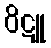
ဝိဋူ